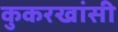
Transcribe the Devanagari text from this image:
कुकरखांसी